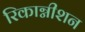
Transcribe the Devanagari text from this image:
रिकाग्नीशन